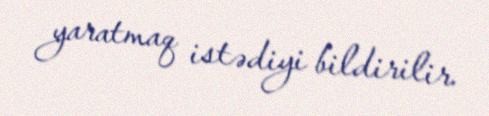
yaratmaq istədiyi bildirilir.